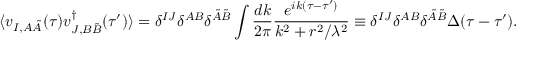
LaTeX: \langle v _ { I , A \tilde { A } } ( \tau ) v _ { J , B \tilde { B } } ^ { \dagger } ( \tau ^ { \prime } ) \rangle = \delta ^ { I J } \delta ^ { A B } \delta ^ { \tilde { A } \tilde { B } } \int \frac { d k } { 2 \pi } \frac { e ^ { i k ( \tau - \tau ^ { \prime } ) } } { k ^ { 2 } + r ^ { 2 } / \lambda ^ { 2 } } \equiv \delta ^ { I J } \delta ^ { A B } \delta ^ { \tilde { A } \tilde { B } } \Delta ( \tau - \tau ^ { \prime } ) .